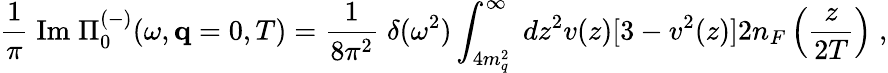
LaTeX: \frac{1}{\pi}\; \mathrm{Im}\; \Pi_{0}^{(-)}(\omega,{\mathbf q}=0,T)=\frac{1}{8\pi^{2}}\; \delta(\omega^{2})\int_{4m_{q}^{2}}^{\infty}\; dz^{2}v(z)[3-v^{2}(z)]2n_{F}\left(\frac{z}{2T}\right)\; ,